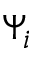
\Psi _ { i }